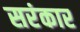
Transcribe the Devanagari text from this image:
सरंकार